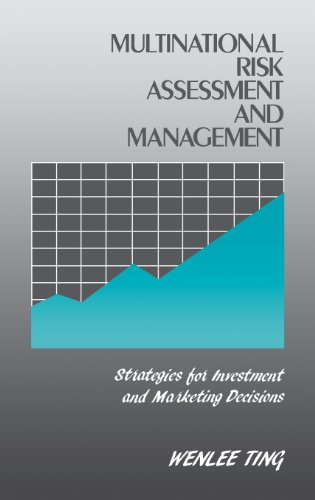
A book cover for Multinational Risk Assessment and Management: Strategies for Investment and Marketing Decisions; Wenlee Ting; Business & Money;